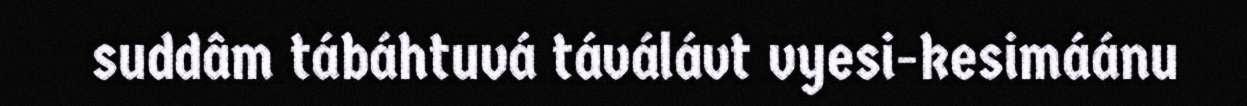
suddâm tábáhtuvá táválávt vyesi-kesimáánu